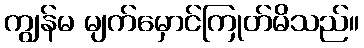
ကျွန်မ မျက်မှောင်ကြုတ်မိသည်။